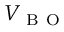
V _ { \mathrm { ~ B ~ O ~ } }